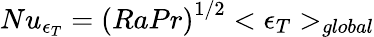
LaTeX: Nu_{\epsilon_{T}}={(RaPr)}^{1/2}<\epsilon_{T}>_{global}